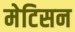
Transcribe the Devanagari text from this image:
मेटिसन